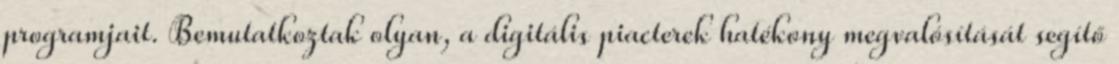
programjait. Bemutatkoztak olyan, a digitális piacterek hatékony megvalósítását segítő